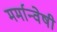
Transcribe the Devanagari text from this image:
मर्मान्‍वेषी